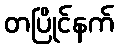
တပြိုင်နက်